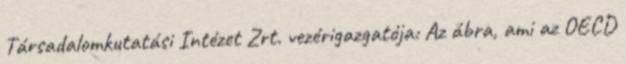
Társadalomkutatási Intézet Zrt. vezérigazgatója: Az ábra, ami az OECD